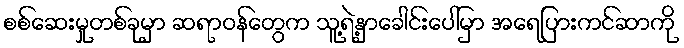
စစ်ဆေးမှုတစ်ခုမှာ ဆရာဝန်တွေက သူ့ရဲ့နှာခေါင်းပေါ်မှာ အရေပြားကင်ဆာကို